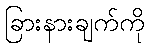
ခြားနားချက်ကို